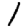
Digit: 1